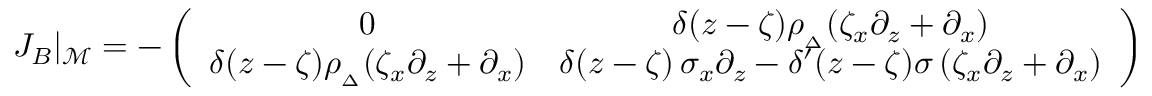
J _ { B } \vert _ { \mathcal { M } } = - \left( \begin{array} { c c } { \medskip 0 } & { \delta ( z - \zeta ) \rho _ { { } _ { \Delta } } ( \zeta _ { x } \partial _ { z } + \partial _ { x } ) } \\ { \delta ( z - \zeta ) \rho _ { { } _ { \Delta } } ( \zeta _ { x } \partial _ { z } + \partial _ { x } ) } & { \delta ( z - \zeta ) \, \sigma _ { x } \partial _ { z } - \delta ^ { \prime } ( z - \zeta ) \sigma \, ( \zeta _ { x } \partial _ { z } + \partial _ { x } ) } \end{array} \right) \, .